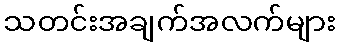
သတင်းအချက်အလက်များ